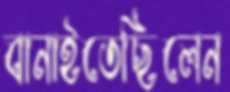
বানাইতেছিলেন